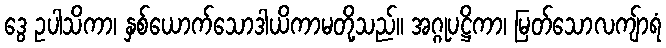
ဒွေ ဥပါသိကာ၊ နှစ်ယောက်သောဒါယိကာမတို့သည်။ အဂ္ဂုပဋ္ဌိကာ၊ မြတ်သောလကျ်ာရံ